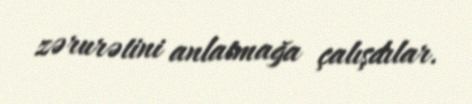
zərurətini anlatmağa çalışdılar.